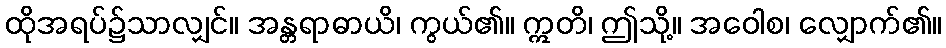
ထိုအရပ်၌သာလျှင်။ အန္တရာဓာယိ၊ ကွယ်၏။ ဣတိ၊ ဤသို့။ အဝေါစ၊ လျှောက်၏။